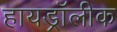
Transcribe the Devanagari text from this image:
हायड्रॉलीक